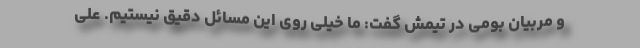
و مربیان بومی در تیمش گفت: ما خیلی روی این مسائل دقیق نیستیم. علی